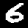
Digit: 6